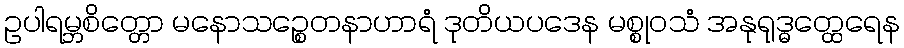
ဥပါရမ္ဘစိတ္တော မနောသဉ္စေတနာဟာရံ ဒုတိယပဒေန မစ္စုဝသံ အနုရုဒ္ဓတ္ထေရေန